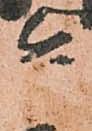
兵